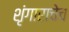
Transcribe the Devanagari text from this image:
शृंगाराचेच